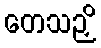
တေသဉှိ